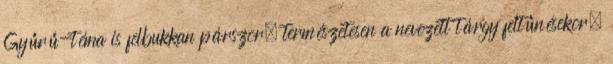
Gyűrű-téma is felbukkan párszor, természetesen a nevezett tárgy feltűnésekor.